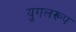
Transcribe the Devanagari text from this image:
युगलरूप